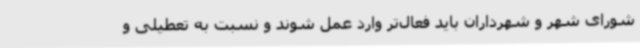
شورای شهر و شهرداران باید فعال‌تر وارد عمل شوند و نسبت به تعطیلی و